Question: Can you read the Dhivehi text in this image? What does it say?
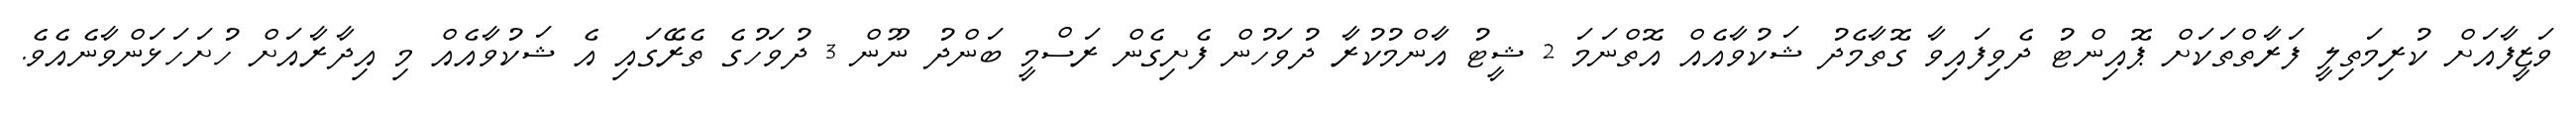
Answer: ވަޒީފާއަށް ކުރިމަތިލީ ފަރާތްތަކަށް ޕޮއިންޓު ދެވިފައިވާ ގޮތާމެދު ޝަކުވާއެއް އޮތްނަމަ 2 ޝީޓު އާންމުކުރާ ދުވަހުން ފެށިގެން ރަސްމީ ބަންދު ނޫން 3 ދުވަހުގެ ތެރޭގައި އެ ޝަކުވާއެއް މި އިދާރާއަށް ހުށަހަޅަންވާނެއެވެ.